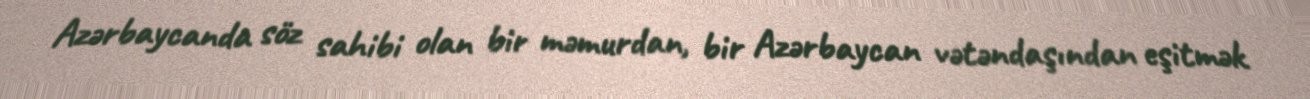
Azərbaycanda söz sahibi olan bir məmurdan, bir Azərbaycan vətəndaşından eşitmək